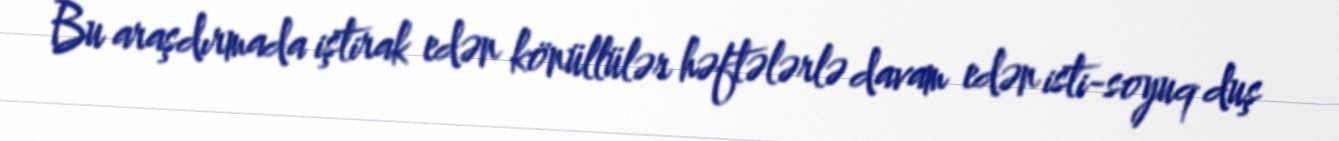
Bu araşdırmada iştirak edən könüllülər həftələrlə davam edən isti-soyuq duş